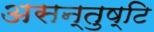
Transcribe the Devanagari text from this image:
असन्तुष्टि